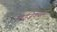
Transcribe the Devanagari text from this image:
आईज़ेकसन